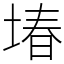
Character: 堾